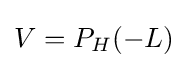
V=P_{H}(-L)